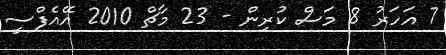
7 އަހަރު 8 މަސް ކުރިން - 23 މާޗް 2010 އޭއެފްސީ